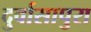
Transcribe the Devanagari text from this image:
दुर्वासापुरा